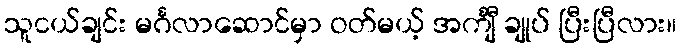
သူငယ်ချင်း မင်္ဂလာဆောင်မှာ ဝတ်မယ့် အင်္ကျီ ချုပ် ပြီးပြီလား။